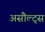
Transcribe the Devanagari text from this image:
असौल्ट्स